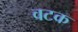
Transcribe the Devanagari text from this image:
वटक